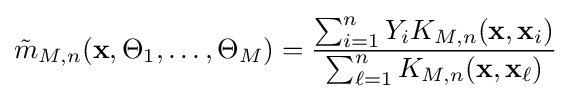
{\tilde {m}}_{M,n}(\mathbf {x} ,\Theta _{1},\ldots ,\Theta _{M})={\frac {\sum _{i=1}^{n}Y_{i}K_{M,n}(\mathbf {x} ,\mathbf {x} _{i})}{\sum _{\ell =1}^{n}K_{M,n}(\mathbf {x} ,\mathbf {x} _{\ell })}}